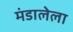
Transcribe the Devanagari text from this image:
मंडालेला